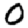
Digit: 0